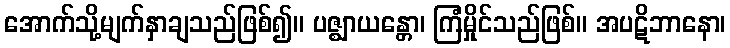
အောက်သို့မျက်နှာချသည်ဖြစ်၍။ ပဇ္ဈာယန္တော၊ ကြံမှိုင်သည်ဖြစ်။ အပဋိဘာနော၊